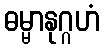
ဓမ္မာနုဂ္ဂဟံ